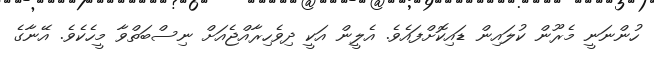
ހުންނަނީ މެރޫން ކުލައިން ޑައިކޮށްފައެވެ. އެލީން އަކީ ދިވެހިރާއްޖެއަށް ނިސްބަތްވާ މީހެކެވެ. އޭނާގެ